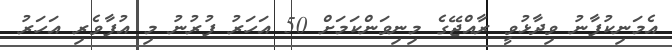
އެމަނިކުފާނު ވިދާޅުވީ ރާއްޖޭގެ މިނިވަންކަމަށް 50 އަހަރު ފުރުނު މި އުފާވެރި އަހަރު